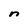
Character: n